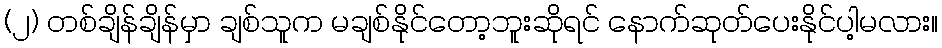
(၂) တစ်ချိန်ချိန်မှာ ချစ်သူက မချစ်နိုင်တော့ဘူးဆိုရင် နောက်ဆုတ်ပေးနိုင်ပါ့မလား။